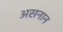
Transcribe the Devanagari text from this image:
असनान